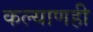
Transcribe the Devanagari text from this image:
कल्याणही